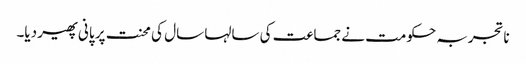
ناتجربہ حکومت نے جماعت کی سالہا سال کی محنت پر پانی پھیر دیا۔